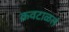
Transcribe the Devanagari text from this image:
कवटाळलं